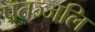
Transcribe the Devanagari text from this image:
पतञ्‍जलि